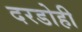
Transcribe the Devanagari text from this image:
दरडोही